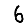
Digit: 6